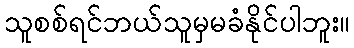
သူစစ်ရင်ဘယ်သူမှမခံနိုင်ပါဘူး။